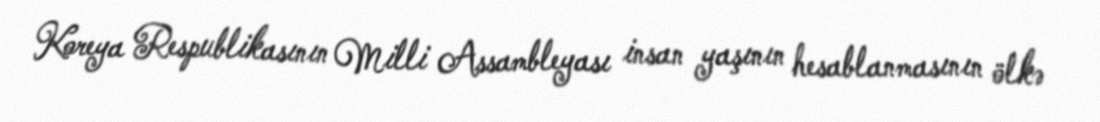
Koreya Respublikasının Milli Assambleyası insan yaşının hesablanmasının ölkə